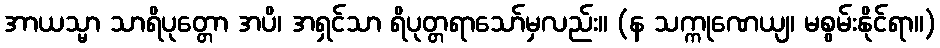
အာယသ္မာ သာရိပုတ္တော အပိ၊ အရှင်သာ ရိပုတ္တရာသော်မှလည်း။ (န သက္ကုဏေယျ၊ မစွမ်းနိုင်ရာ။)